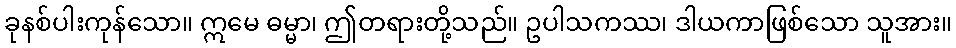
ခုနစ်ပါးကုန်သော။ ဣမေ ဓမ္မာ၊ ဤတရားတို့သည်။ ဥပါသကဿ၊ ဒါယကာဖြစ်သော သူအား။